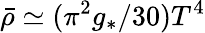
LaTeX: {\bar{\rho}}\simeq(\pi^{2}g_{*}/30)T^{4}